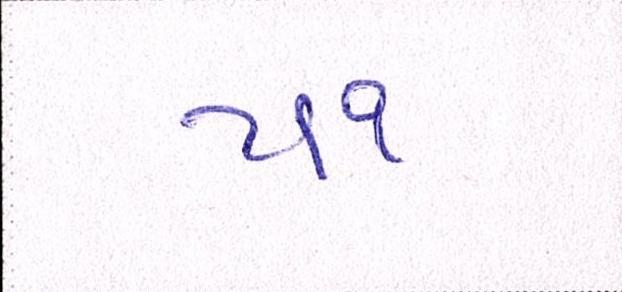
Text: ૫૧